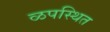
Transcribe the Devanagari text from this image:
ळपस्थित